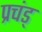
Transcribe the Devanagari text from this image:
प्रचंड्